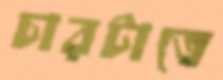
চারটাতে